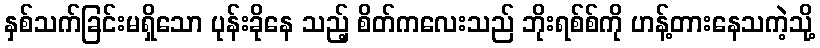
နှစ်သက်ခြင်းမရှိသော ပုန်းခိုနေ သည့် စိတ်ကလေးသည် ဘိုးရစ်စ်ကို ဟန့်တားနေသကဲ့သို့